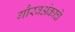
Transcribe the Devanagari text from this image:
गौरवअंकाचे